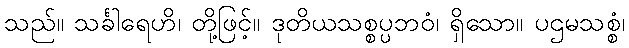
သည်။ သင်္ခါရေဟိ၊ တို့ဖြင့်။ ဒုတိယသစ္စပ္ပဘဝံ၊ ရှိသော။ ပဌမသစ္စံ၊